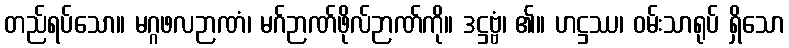
တည်ရပ်သော။ မဂ္ဂဖလဉာဏံ၊ မဂ်ဉာဏ်ဖိုလ်ဉာဏ်ကို။ ဒဋ္ဌဗ္ဗံ၊ ၏။ ဟဋ္ဌဿ၊ ဝမ်းသာရုပ် ရှိသော